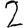
Digit: 2